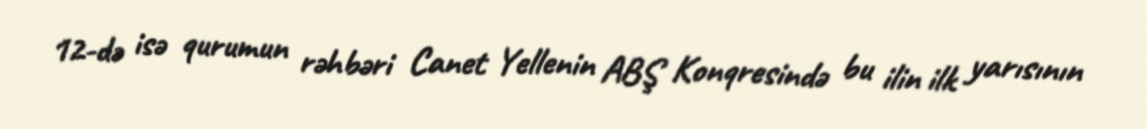
12-də isə qurumun rəhbəri Canet Yellenin ABŞ Konqresində bu ilin ilk yarısının